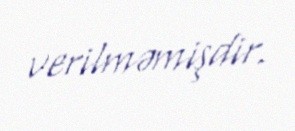
verilməmişdir.